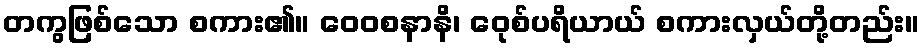
တကွဖြစ်သော စကား၏။ ဝေဝစနာနိ၊ ဝေုစ်ပရိယာယ် စကားလှယ်တို့တည်း။